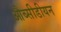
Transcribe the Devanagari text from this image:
औब्सीडीयन